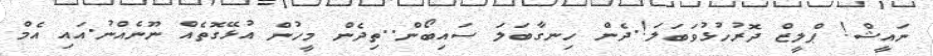
ނައީޝް! ޕްލީޒް ދޮރުހުޅުވަބަލަ!.ދެން ހިނގާބަލަ ސައިބޯން..ތިދެން މީހުން އުޅޭގޮތެއް ނޫނެއްނު.އައި އެމް